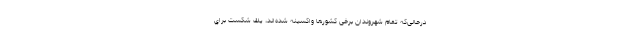
درحالی‌که تمام شهروندان برخی کشورها واکسینه شده‌اند، يك شكست براي